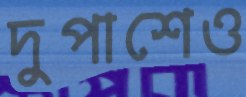
দুপাশেও